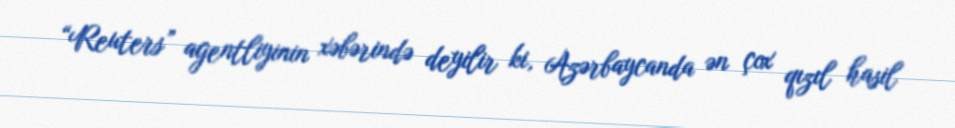
“Reuters” agentliyinin xəbərində deyilir ki, Azərbaycanda ən çox qızıl hasil